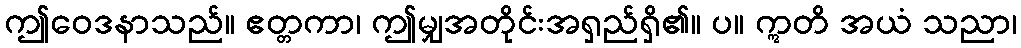
ဤဝေဒနာသည်။ ဧတ္တကာ၊ ဤမျှအတိုင်းအရှည်ရှိ၏။ ပ။ ဣတိ အယံ သညာ၊